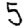
Digit: 5